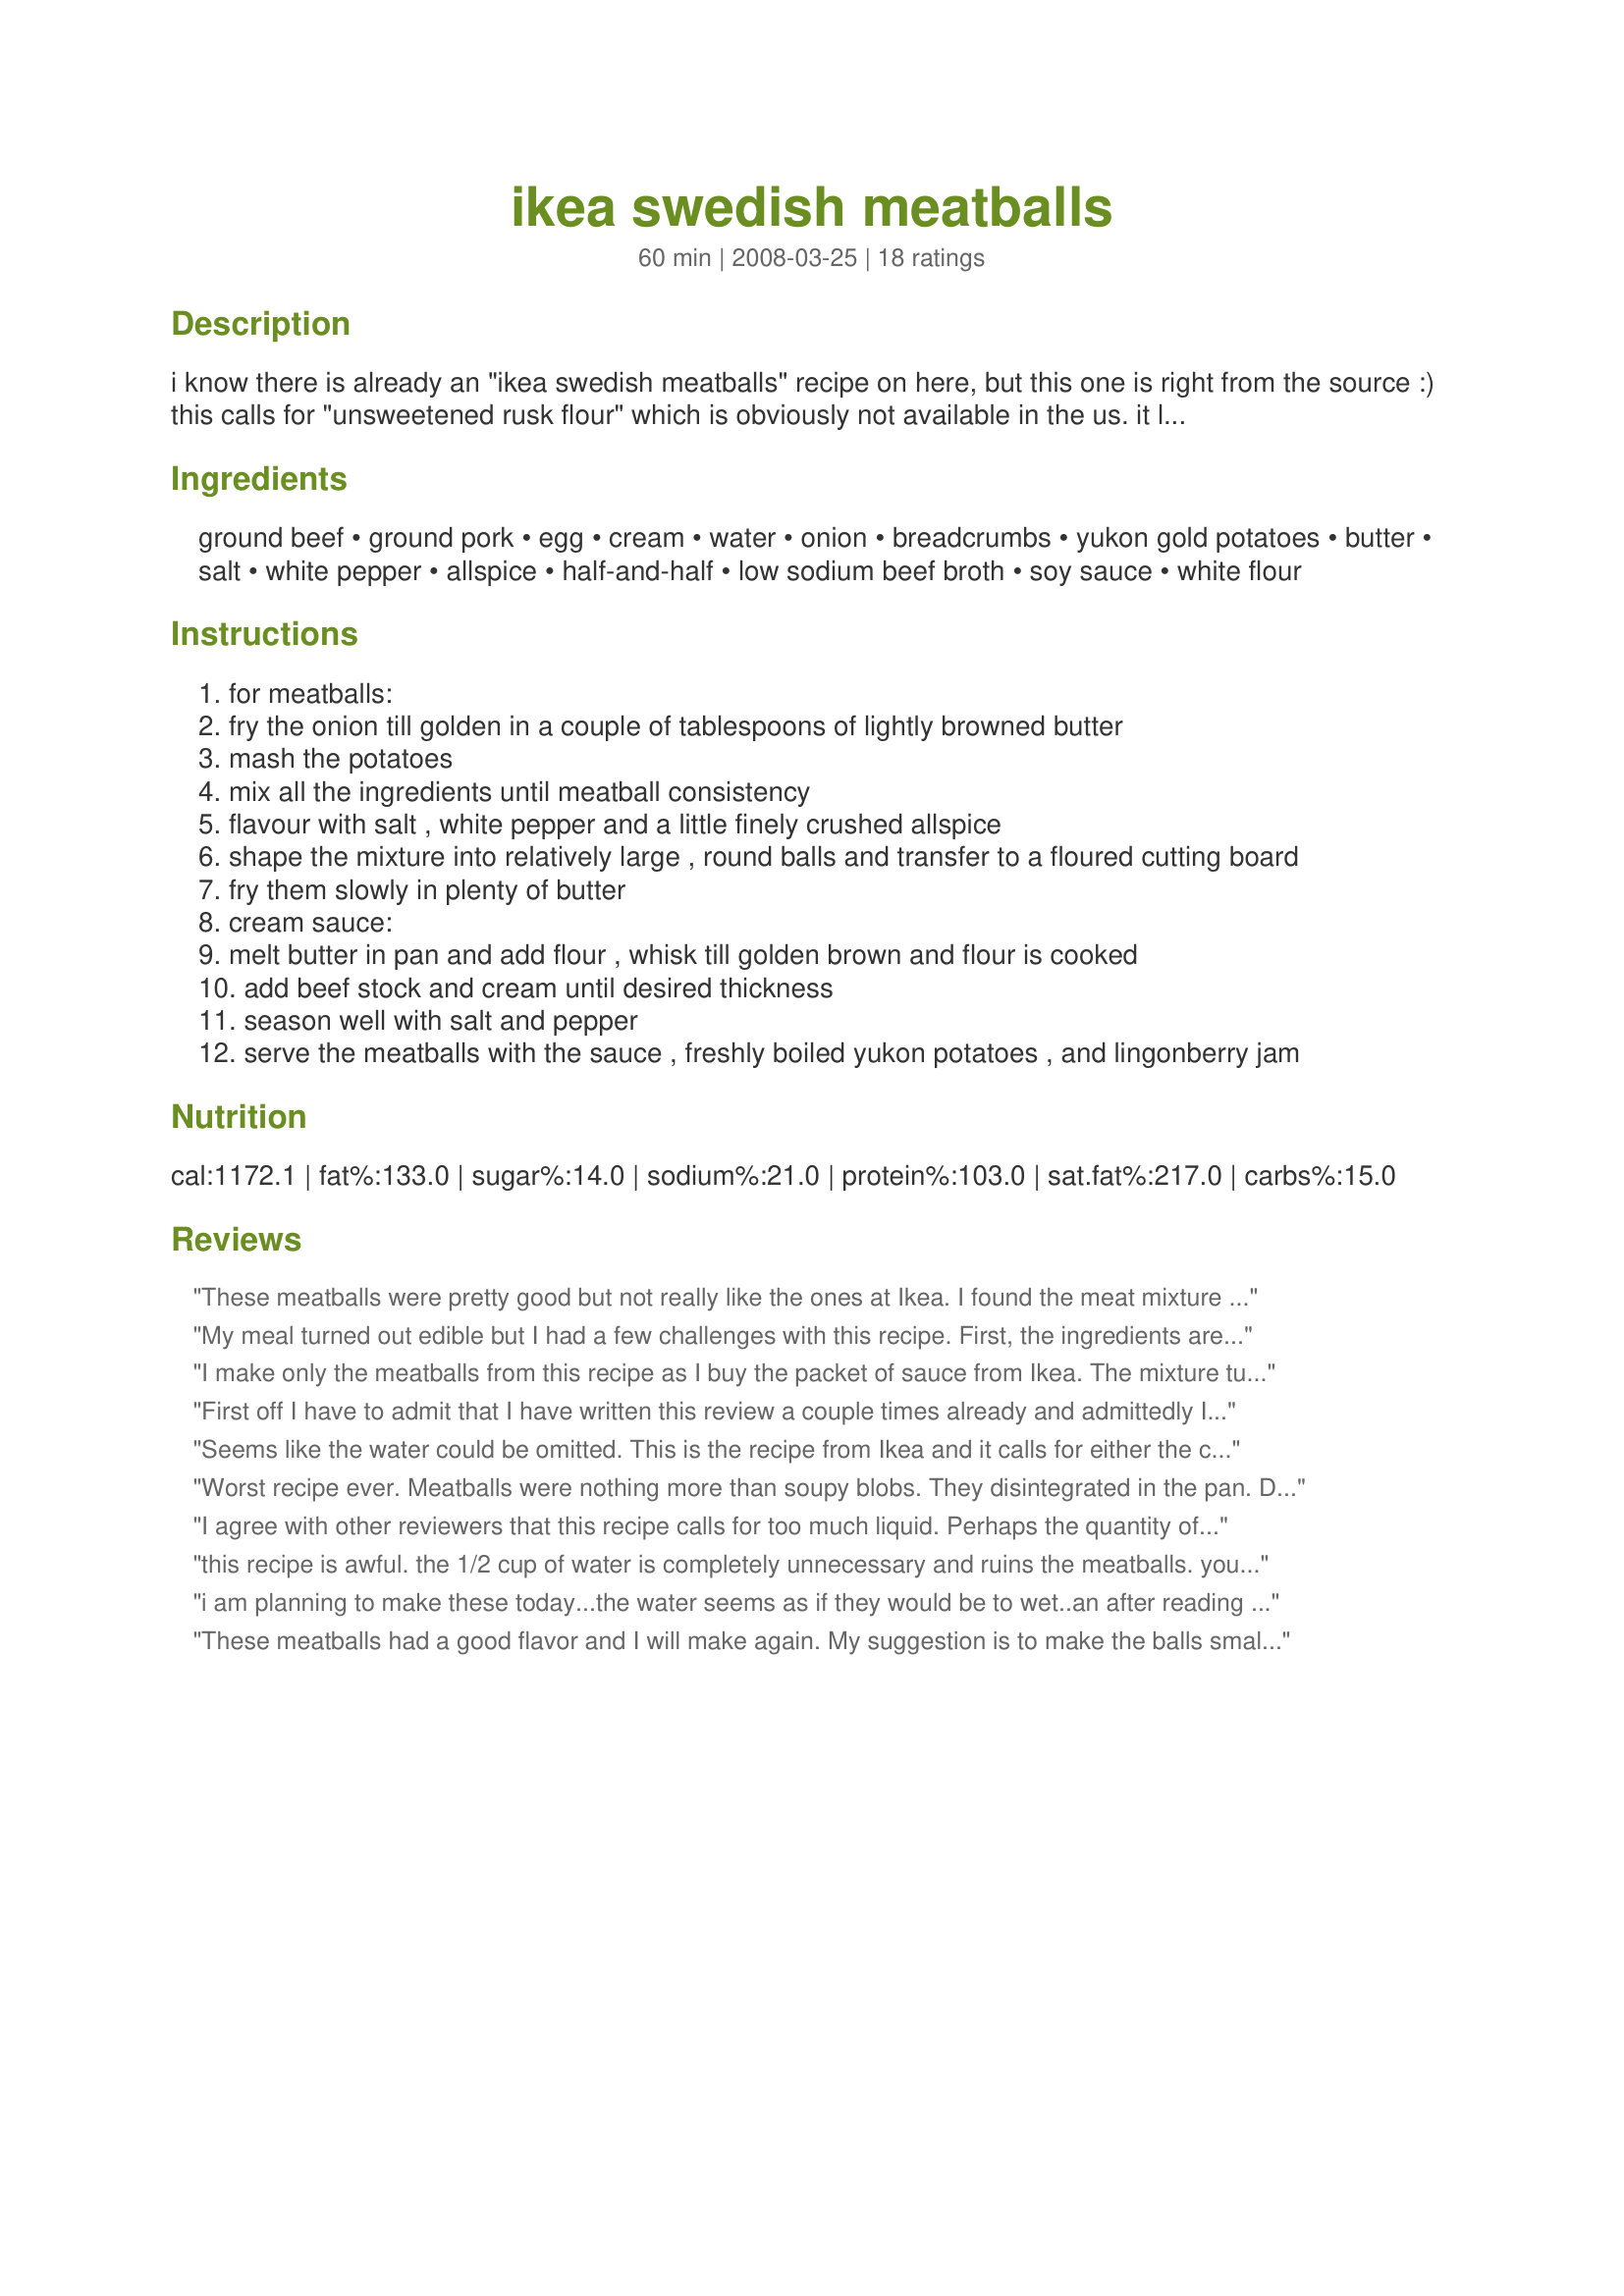
ikea swedish meatballs
Preparation time: 60 minutes

i know there is already an "ikea swedish meatballs" recipe on here, but this one is right from the source :) this calls for "unsweetened rusk flour" which is obviously not available in the us. it literally translates to "toasted breadcrumbs" so i just use plain breadcrumbs, i can't taste a difference in the meatballs. you could also toast up some panko in butter in a pan and out them in a baggie of some sort and crush them till their fine...but either way... i'm not sure of the "yield" here it depends how many meatballs you gove people to eat and how big the meatballs are made ;)

Ingredients:
ground beef, ground pork, egg, cream, water, onion, breadcrumbs, yukon gold potatoes, butter, salt, white pepper, allspice, half-and-half, low sodium beef broth, soy sauce, white flour

Steps:
for meatballs:
fry the onion till golden in a couple of tablespoons of lightly browned butter
mash the potatoes
mix all the ingredients until meatball consistency
flavour with salt , white pepper and a little finely crushed allspice
shape the mixture into relatively large , round balls and transfer to a floured cutting board
fry them slowly in plenty of butter
cream sauce:
melt butter in pan and add flour , whisk till golden brown and flour is cooked
add beef stock and cream until desired thickness
season well with salt and pepper
serve the meatballs with the sauce , freshly boiled yukon potatoes , and lingonberry jam

Reviews:
These meatballs were pretty good but not really like the ones at Ikea. I found the meat mixture to be too sticky to shape into perfect little round balls and the flavor overall was not as rich as I expected. I added an additional 1/2 a beef bullion cube to the sauce as well as a little corn starch as it wasn't as flavorful or thick as I thought it should be. Overall, these meatballs tasted pretty good and the potato certainly added a nice silkiness to the texture, but I would probably not make them again.
My meal turned out edible but I had a few challenges with this recipe. First, the ingredients aren&#039;t listed in the order they are used, so that is a little confusing. Second, wasn&#039;t sure about the mashed potatoes as I haven&#039;t ever heard of putting them in meatballs before. I added them and my meatballs were ok but I still am not sure if that was what I was supposed to do. Not sure about the 2T of butter listed at the end of the meatball list... maybe that is what is used to saute them. I didn&#039;t include in my meatballs. Finally, I did not include the water as the meatball mixture was extremely moist already. As for the sauce, the flavor wasn&#039;t what I expected. Mine didn&#039;t thicken nor did it have much flavor - so I added dill and thyme and used cornstarch to thicken. Also, I added the soy sauce to the sauce after I added the other liquids, the directions don&#039;t mention it though it is in the ingredient list. If you make these, my best recommendation is to read the recipe a few times before you start!
I make only the meatballs from this recipe as I buy the packet of sauce from Ikea. The mixture turns out a little (ok, that may be an understatement) wet, but there's just enough 'hold' to form it into balls. I also have the heat up relatively high at first to brown the meatballs first and then turn it way down. Otherwise I am afraid they will fall apart. Yummy, Yummy recipe!! And don't forget that lingonberry jam!!!
First off I have to admit that I have written this review a couple times already and admittedly I was so angry I couldn&#039;t write it properly. So after trying to settle down a bit, here goes:&lt;br/&gt;&lt;br/&gt;a. The recipe is very poorly written. I have provided many recipes over the years to family, friends and as contributions to charity/fundraiser cookbooks. I write recipes in painstaking detail...nothing unnecessary...so that the cook who is using my recipe doesn&#039;t have to guess about what they need to do. EVERYTHING must be spelled out precisely.&lt;br/&gt;&lt;br/&gt;b. When I am following a recipe I prepare all the ingredients as listed and described completely so when it&#039;s time to use them I&#039;m not scurrying around for something.&lt;br/&gt;	i. Direction number two is &quot;Fry the onion till golden in a couple of tablespoons of lightly browned butter. The recipe calls for 2 TBSP of butter. Direction number 7 is &quot;Fry them slowly in plenty of butter.&quot; What is PLENTY of butter. This needs to be more specific. When cooks have prepared something many times they progress beyond needing specific amounts often, because they have personalized the recipe and it&#039;s their own. But this and every published recipe must be done as though the chef is making the recipe for the first time. Because this was my first time, as I said, I followed the directions exactly.&lt;br/&gt;	ii. Based on the list of ingredients I made sure I had soy sauce on hand. Admittedly the recipe called for 1/4 teaspoon of soy sauce. REALLY? In a pound of meat 1/4 teaspoon of soy sauce. BUT WAIT: after making sure you have the soy sauce, it is never mentioned again. Where are we to put the soy sauce? In the meat? In the cream sauce?&lt;br/&gt;	iii. The ingredients call for &quot;1/2 cup cream {half and half} or 1/2 cup milk. I&#039;m sorry but this is unintelligible. Should we use cream or half and half or milk. Why is &quot;half and half&quot; in brackets? Cream is cream. Half and half is half and half and milk is milk. DECIDE and then tell us what to do. If we want to change it to accommodate a particular lifestyle we will change it, but please be clear about what the cook is supposed to use...i.e., tell us what the standard of &quot;excellence&quot; is for this recipe. What, in your mind, makes it best????????&lt;br/&gt;&lt;br/&gt;c. After assembling the called for ingredients (and absolutely omitting the water because by the time all the other ingredients were assembled it was raw soup, not able to be formed into meatballs) I could not begin to move forward with shaping them into balls.&lt;br/&gt;&lt;br/&gt;d. I suggest the following which I did in an effort to save the $25 i spent on meat and ingredients I didn&#039;t have on hand: (again, if you want to make changes to make it your own, OK, but I can only tell you what worked for me.&lt;br/&gt;	i. Use cream, not half and half and not milk. Use 1/3 cup.&lt;br/&gt;	ii. Completely omit the water.&lt;br/&gt;	iii.Based on this recipe, use at least 1/2c dried breadcrumbs and more if necessary.&lt;br/&gt; iv. Add some flavor to the meat. There is nothing but allspice and that, according to the &lt;br/&gt;&quot;source&quot; is optional. I don&#039;t know about you, but I think meatballs are basically mini/round meatloaves. I do not make a meatloaf devoid of seasoning. Why would I make a meatball devoid of seasoning. YES, I know that people rave about the sauce, but I have learned this in my years of cooking: if the meat itself is not seasoned and only depends on the sauce it&#039;s in for flavor, what you get is a mouthful of unflavored meat with some sauce on it. I learned this the hard way with &quot;The Best Chili You Will Ever Taste&quot; when I thought the chili was magnificent until i tasted the meat and it was like having a mouthful of flavorless..something. Meat needs to be able to stand on its own and then be enhanced by a sauce...the sauce cannot make up for flavorless meat. I don&#039;t know what Ikea meatballs are like...perhaps they are supposed to be bland and let the sauce do the work....personally, I added two teaspoons of cumin, two teaspoons of ground coriander, two teaspoons of ground fennel and3 cloves of garlic to go along with the onion.&lt;br/&gt;	v. Chill the meatball mixture for 2 hours. More is OK, less is not a good idea.&lt;br/&gt;	vi. Don&#039;t just cook the meatballs slowly in plenty of butter. Use two tablespoons of butter, CLARIFIED if possible, and two tablespoons of olive oil. Because you are cooking slowly, so as to make sure the meatball is cooked through without the outside being ruined, you can use olive oil despite it relatively low smoking point. It will be OK...but cook on medium heat at best. I&#039;m not being specific here because there are so many permutations of ranges...I use a Viking stovetop and have complete control...so anything wrong is my fault...to lower and raise temp immediately. &lt;br/&gt;&lt;br/&gt;I have now, based on the original recipe and only adding extra breadcrumbs and omitting the water...tried frying these little clumps. They are flavorless by themselves and beg for the seasonings i mentioned above. The texture is wonderful but the meatballs remain flavorless.&lt;br/&gt;Here&#039;s a great chance for you to season to your heart&#039;s content....or not...it&#039;s up to you how you want your meatballs to taste!!&lt;br/&gt;&lt;br/&gt;Anyway, I&#039;m sorry that this didn&#039;t turn out the way it should. Thank you Dee_73 for giving us a great starting point to make some incredo meatballs. I suggest making changes which will make these little morsels quite tasty. I can&#039;t comment on the cream sauce yet.....
Seems like the water could be omitted. This is the recipe from Ikea and it calls for either the cream or the water. http://www.ikea.com/ms/en_SG/pdf/restaurant/meatball_recipe.pdf
Worst recipe ever. Meatballs were nothing more than soupy blobs. They disintegrated in the pan. Definitely won't use this recipe again.
I agree with other reviewers that this recipe calls for too much liquid. Perhaps the quantity of bread crumbs is wrong? I omitted the water and had to keep adding bread till the mixture was thick enough to handle. It also needs more seasoning such as nutmeg, coriander, allspice, as in other recipes for this dish.
this recipe is awful. the 1/2 cup of water is completely unnecessary and ruins the meatballs. you will not be able to mould them into a ball when the mixture is this wet. 1/4 teaspoon soy sauce? when does it go in the cream sauce? who knows? the recipe certainly doesn't. this recipe will ruin your meal, maybe even your day. find another one.
i am planning to make these today...the water seems as if they would be to wet..an after reading other reviews, i will omit it. the potatoes are not clear if they should be added to the meat, or served with the dish, so i will omit them in the mixture.... an serve them with. there does not seem to be enough spice so i will add garlic, oregano, parsley, white pepper, an allspice...an the other listed ingredients as well ...also..the soy sauce is unclear so i will omit that. i will bake them...then at the last 15 minutes pour the cream sauce over them to finish. i will let ya know how they turn out..... i luuuv eating them at IKEA by the way... DeeDee Hilton
These meatballs had a good flavor and I will make again. My suggestion is to make the balls small. Mine were too large and did not fry evenly. To get the inside cooked, I had to burn the outside. Next time I will make them much smaller.
I was also completely confused by the potato ingredients. Do the mashed potatoes go in the meatball mixture? I ended up serving the mashed potatoes on the side. The instructions are not very clear.
the recipe on Ikea's website (http://www.ikea.com/ms/en_SG/pdf/restaurant/meatball_recipe.pdf) says 2-3 dl of cream and water - which i'd understand to be a total of the combination, not 2-3 dl each, which is what this recipe calls for. so the other posts that say it's too wet aren't surprising. halving the liquid fixes that. also, the quantities and method for the cream sauce are off. you might want to use the actual ikea recipe for that bit and a metric converter instead.
These were really nice. I used all beef, omitted the water from the meatballs, added a pinch of ginger &amp; nutmeg to the sauce. Served with egg noodles. I also made the sauce first &amp; simmered the raw meatballs for a few hours in the sauce (which is how I like to make meatballs best). The meatballs were flavorful, tender &amp; really melded well with the sauce after simmering for a few hours. Thanks for sharing.
These were great! My son and husband gobbled them up saying they were as good as IKEA's. I should make them often. The only thing I changed was instead of the onion, salt and pepper I used a pack of Lipton's onion soup mix and some allspice. This is how my Swedish mother-in-law made her meatballs. Also I used soy milk and soy creamer because of a milk allergy. No one could tell.
I only made the sauce portion from this recipe. I live 5 minutes from IKEA, so I had the meatballs, but ran out of sauce packets. I will probably never need to buy those sauce packets again! This recipe was spot on, if not a touch better! Thank you so much!
It was yummy! Although, while I prepared it, I had more than a moment of doubt : the recipe prescribes an unusually large amount of liquids for the meatball preparation. Even by cutting the cream and water in half, the mixture was unconstistent. I had to double the breadcrumbs to save it.
So my advice is : instead of 1/2 cup of cream and 1/2 cup of water reduce to maybe just 1/3 cup TOTAL of liquids. And maybe just one potato instead of two.
The taste on this recipe is spot on, but other reviewers were totally right about the amount of liquid. I omitted the water altogether, and it was still pretty wet. Next time I will cut the total amount of liquid to 1/3 cup. I also baked them instead of frying in butter to save a few calories (and because it is so much easier haha!) and it worked just fine.
I made the recipe as written and have to agree that the mixture comes out too wet. I also found them a bit to greasy with all the butter so next time I will follow the reviews and eliminate the water and bake them! They are tasty and it will be so much easier to bake them that I will be inclined to make them more often. The sauce was great. I did use just a little extra flour as I like my gravy on the thicker side.
This was fantastic! i love ikea meatballs and buy them frozen to make at home, but when i'm out, this is a great fix! 

I would make the following changes:
1 - I don't think i'll add the water to the meatballs next time. They did fall apart easily and needed to be a bit more dense.

2- the gravy is spot-on! Mine was a little thin so i might add a bit more flour, but the flavor is perfect!

3 - I might try baking the meatballs next time instead of frying in butter... tastey but that's alot of butter! :) Plus baking is just easy and i'm lazy!
